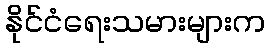
နိုင်ငံရေးသမားများက